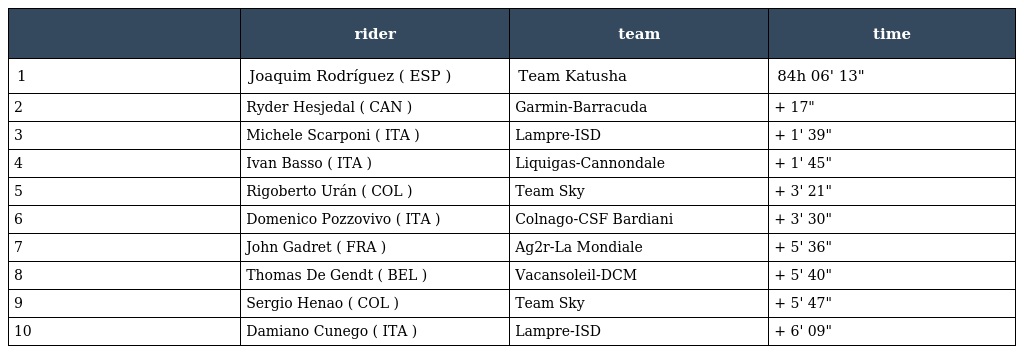
|  | rider | team | time |
 | --- | --- | --- | --- |
 | 1 | Joaquim Rodríguez ( ESP ) | Team Katusha | 84h 06' 13" |
 | 2 | Ryder Hesjedal ( CAN ) | Garmin-Barracuda | + 17" |
 | 3 | Michele Scarponi ( ITA ) | Lampre-ISD | + 1' 39" |
 | 4 | Ivan Basso ( ITA ) | Liquigas-Cannondale | + 1' 45" |
 | 5 | Rigoberto Urán ( COL ) | Team Sky | + 3' 21" |
 | 6 | Domenico Pozzovivo ( ITA ) | Colnago-CSF Bardiani | + 3' 30" |
 | 7 | John Gadret ( FRA ) | Ag2r-La Mondiale | + 5' 36" |
 | 8 | Thomas De Gendt ( BEL ) | Vacansoleil-DCM | + 5' 40" |
 | 9 | Sergio Henao ( COL ) | Team Sky | + 5' 47" |
 | 10 | Damiano Cunego ( ITA ) | Lampre-ISD | + 6' 09" |